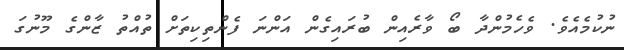
ނުކުމެއެވެ. ވެހެމުންދާ ބޯ ވާރެއިން ބުރައިގެން އަންނަ ފެންތިކިތަށް ތުއްތު ޒާންގެ މޫނުގަ